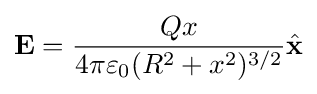
\mathbf {E} ={\frac {Qx}{4\pi \varepsilon _{0}(R^{2}+x^{2})^{3/2}}}{\hat {\mathbf {x} }}